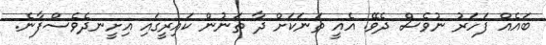
ބައެއް ފަހަރު ނުވެސް ދެވޭ. އެއީ ތަނަކަށް ދާ ތަނުން ކައިރީގައި އިށީނދެވެސްފާނެ.